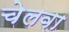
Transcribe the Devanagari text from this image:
चेलवा